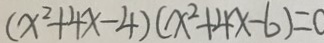
( x ^ { 2 } + 4 x - 4 ) ( x ^ { 2 } + 4 x - 6 ) = 0